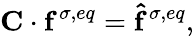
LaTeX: \mathbf{C}\cdot\mathbf{f}^{\sigma,eq}=\mathbf{\hat{f}}^{\sigma,eq},